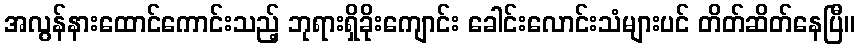
အလွန်နားထောင်ကောင်းသည့် ဘုရားရှိခိုးကျောင်း ခေါင်းလောင်းသံများပင် တိတ်ဆိတ်နေပြီ။